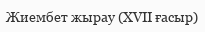
Жиембет жырау (XVII ғасыр)